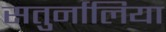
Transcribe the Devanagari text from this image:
सतुर्नालिया